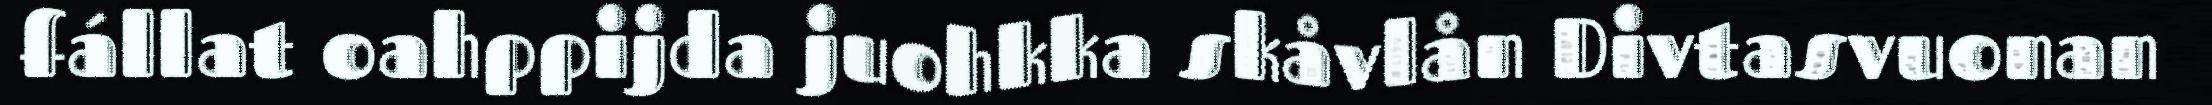
fállat oahppijda juohkka skåvlån Divtasvuonan